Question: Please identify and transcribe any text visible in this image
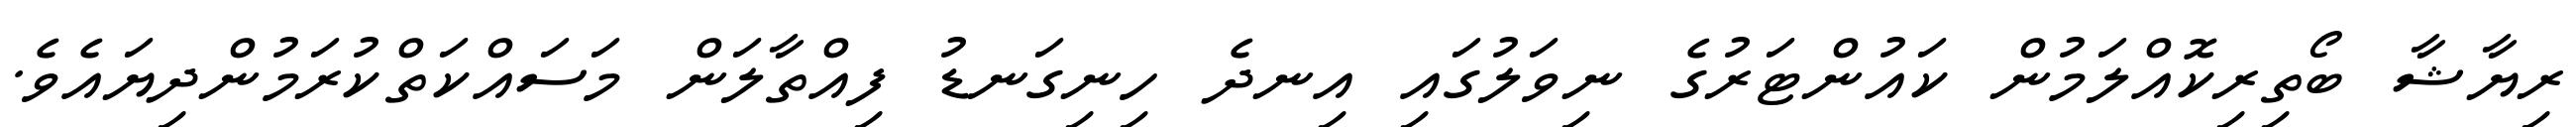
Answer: ރިޔާޝާ ބޯތިރިކޮއްލަމުން ކައުންޓަރުގެ ނިވަލުގައި އިނދެ ހިނިގަނޑު ފިއްތާލަން މަސައްކަތްކުރަމުންދިޔައެވެ.